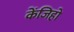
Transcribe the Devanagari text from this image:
केंजिहो